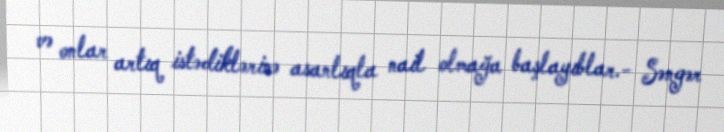
və onlar artıq istədiklərinə asanlıqla nail olmağa başlayıblar.- Səngər